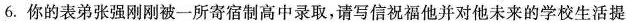
6.你的表弟张强刚刚被一所寄宿制高中录取，请写信祝福他并对他未来的学校生活提